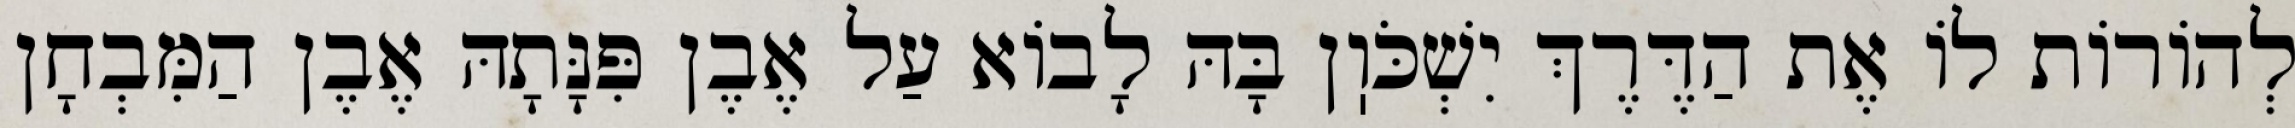
לְהוֹרוֹת לוֹ אֶת הַדֶּרֶךְ יִשְׁכֹּוֽן בָּהּ לָבוֹא עַל אֶבֶן פִּנָּתָהּ אֶבֶן הַמִּבְחָן